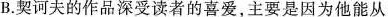
B.契诃夫的作品深受读者的喜爱，主要是因为他能从